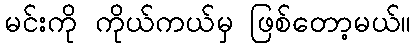
မင်းကို ကိုယ်ကယ်မှ ဖြစ်တော့မယ်။